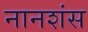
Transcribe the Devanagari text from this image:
नानशंस